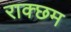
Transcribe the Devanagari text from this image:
राक्छम